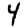
Digit: 4